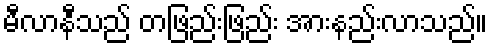
မီလာနီသည် တဖြည်းဖြည်း အားနည်းလာသည်။